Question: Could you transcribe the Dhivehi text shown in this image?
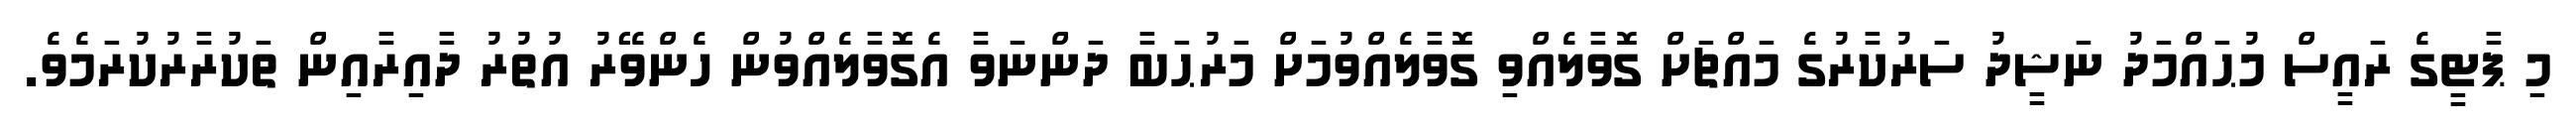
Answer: މި ޕާޓީގެ ރައީސް މުޙައްމަދު ނަޝީދު ސަރުކާރުގެ މައްޗަށް ގޮވާލެއްވި ގޮވާލެއްވުމަށް މަރުޙަބާ ދަންނަވާ އެގޮވާލެއްވުން ހެންވޭރު އުތުރު ދާއިރާއިން ތަކުރާރުކުރަމެވެ.